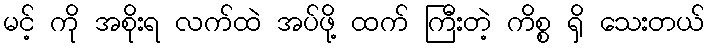
မင့် ကို အစိုးရ လက်ထဲ အပ်ဖို့ ထက် ကြီးတဲ့ ကိစ္စ ရှိ သေးတယ်